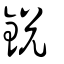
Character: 銳